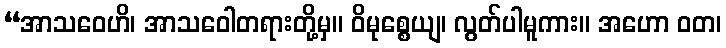
“အာသဝေဟိ၊ အာသဝေါတရားတို့မှ။ ဝိမုစ္စေယျ၊ လွတ်ပါမူကား။ အဟော ဝတ၊